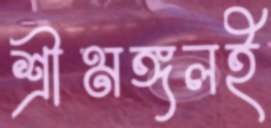
শ্রীমঙ্গলই